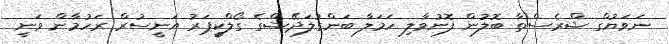
ނަވަޔުގް ޝްރެސްތާ ބޮލުން ފޮނުވާލި ހަމަލާ ބަންގުލަދޭޝްގެ ގޯލްކީޕަރު އަނީސުރް ރަހުމާން ވަނީ